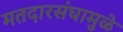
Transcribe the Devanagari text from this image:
मतदारसंघामुळे